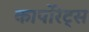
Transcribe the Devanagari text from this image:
कार्पोरेट्स